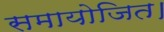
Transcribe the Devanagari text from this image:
समायोजित।